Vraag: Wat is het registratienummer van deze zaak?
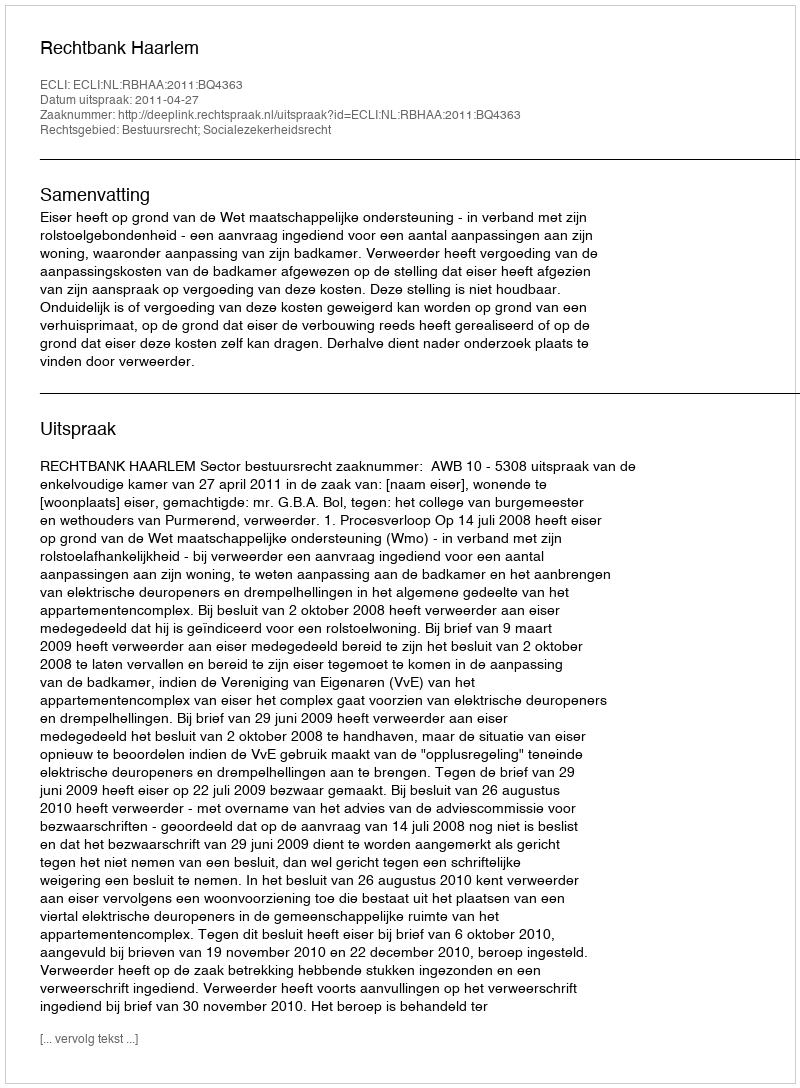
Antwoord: http://deeplink.rechtspraak.nl/uitspraak?id=ECLI:NL:RBHAA:2011:BQ4363